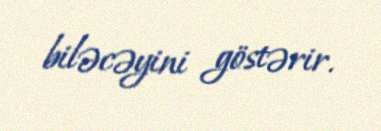
biləcəyini göstərir.